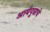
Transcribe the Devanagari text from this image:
आर्यपुत्राचे